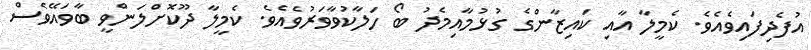
އުފެދިފައިވެއެވެ. ކެމީލާ އާއި ކައިޒާންގެ ގުޅުމާއިމެދު ބޯ ހަލާކުވާވަރުވެއެވެ. ކެމީލާ ދޫކޮށްލަންވީ ބާވައޭވެސް